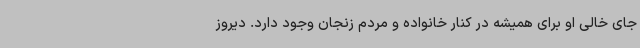
جای خالی او برای همیشه در کنار خانواده و مردم زنجان وجود دارد. دیروز